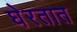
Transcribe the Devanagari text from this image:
घेरतात